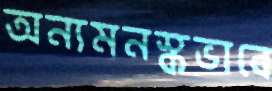
অন্যমনস্কভাবে